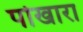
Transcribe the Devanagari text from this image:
पोखारा